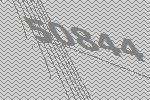
50844